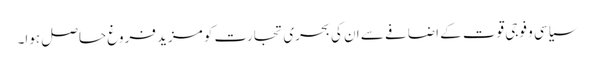
سیاسی و فوجی قوت کے اضافے سے ان کی بحری تجارت کو مزید فروغ حاصل ہوا۔